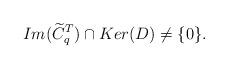
LaTeX: \begin{align*}Im(\widetilde C_q^T )\cap Ker(D) \not = \{0\}.\end{align*}